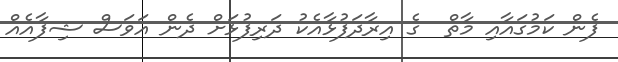
ފެން ކަމުގައާއި މާތް  ގެ އިރާދަފުޅާއެކު ދަރިފުޅަށް ދެން އަވަސް ޝިފާއެއް